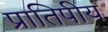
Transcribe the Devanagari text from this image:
प्रातिपीय